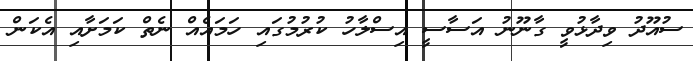
ސުއޫދު ވިދާޅުވީ ގާނޫނު އަސާސީ އިސްލާހު ކުރުމުގައި ހަމައެއް ނެތް ކަމަށާއި އެކަން